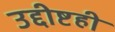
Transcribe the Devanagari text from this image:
उद्दीष्टही